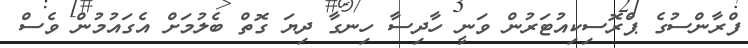
ފްރާންސުގެ ޕްރޮސިކިއުޓަރުން ވަނީ ހާދިސާ ހިނގާ ދިޔަ ގޮތް ބެލުމަށް އެގައުމުން ވެސް